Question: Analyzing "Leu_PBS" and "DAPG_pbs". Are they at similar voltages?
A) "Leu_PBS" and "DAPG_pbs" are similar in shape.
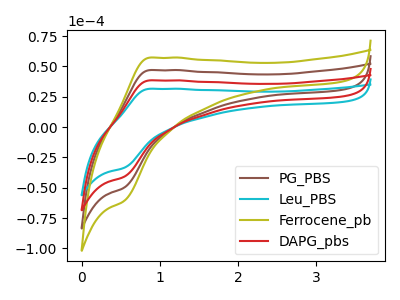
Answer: <think>The brown curve "PG_PBS" has an anodic peak at (0.85V, 76.95uA) and a cathodic peak at (0.55V, -81.95uA). The cyan curve "Leu_PBS" has an anodic peak at (0.85V, 31.55uA) and a cathodic peak at (0.55V, -33.60uA). The olive curve "Ferrocene_pb" has an anodic peak at (0.85V, 115.45uA) and a cathodic peak at (0.55V, -122.90uA). The red curve "DAPG_pbs" has an anodic peak at (0.85V, 38.50uA) and a cathodic peak at (0.55V, -40.95uA).
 All the peaks in "Leu_PBS" have a peak in "DAPG_pbs" at the same potential. Every peak in "Leu_PBS" is lower than every peak in "DAPG_pbs".</think>
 <answer>A) "Leu_PBS" and "DAPG_pbs" are similar in shape.</answer>
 <eval>A</eval>